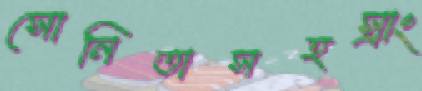
সোনিতাসহস্রাং